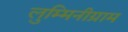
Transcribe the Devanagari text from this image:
लुम्मिनीग्राम